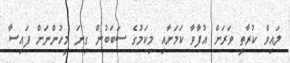
ލައިވް ކުރާތީ ވަރަށް އުފާވާ ކަމަށާއި މިކަމުގެ ސަބަބުން ގިނަ މީހުންނަށް ފައިސާ